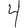
Digit: 4